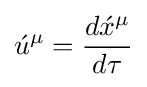
{\acute {u}}^{\mu }={{d{\acute {x}}^{\mu }} \over {d\tau }}